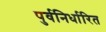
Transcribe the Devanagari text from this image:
पुर्वनिर्धारित